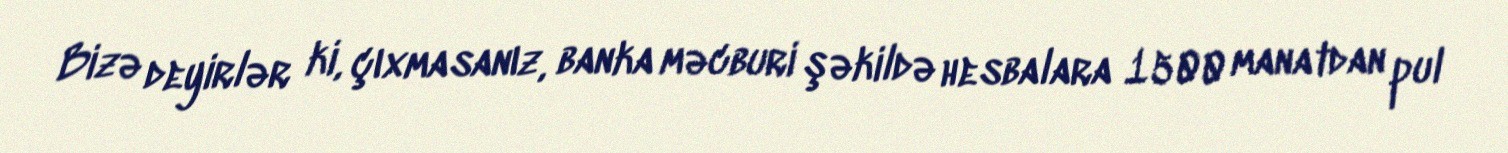
Bizə deyirlər ki, çıxmasanız, banka məcburi şəkildə hesbalara 1500 manatdan pul